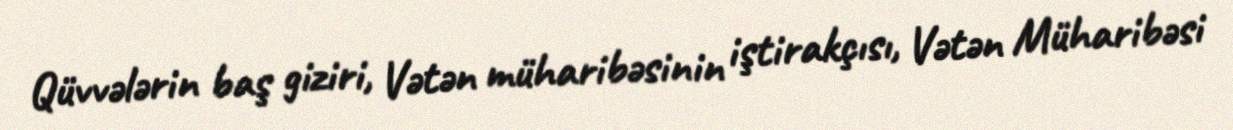
Qüvvələrin baş giziri, Vətən müharibəsinin iştirakçısı, Vətən Müharibəsi